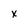
Character: x